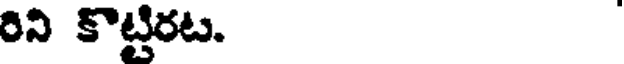
రిని కొట్టిరట.